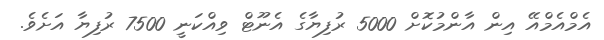
އެމްއެމްއޭ އިން އާންމުކޮށް 5000 ރުފިޔާގެ އެނޫޓް ވިއްކަނީ 7500 ރުފިޔާ އަށެވެ.